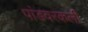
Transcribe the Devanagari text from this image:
पांडवरकली